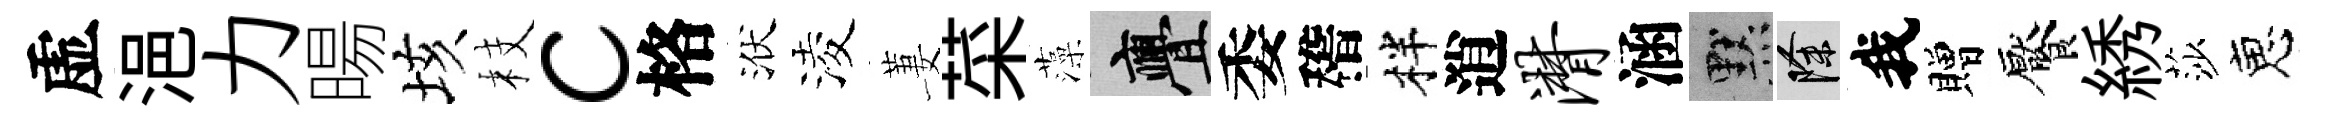
虚浥力暘垓枝c格洑淩萋菜藻亹委稽柈逍潸涵默除我贈饜綉莎恵